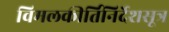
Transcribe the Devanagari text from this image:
विमलकीर्तिनिर्देशसूत्र